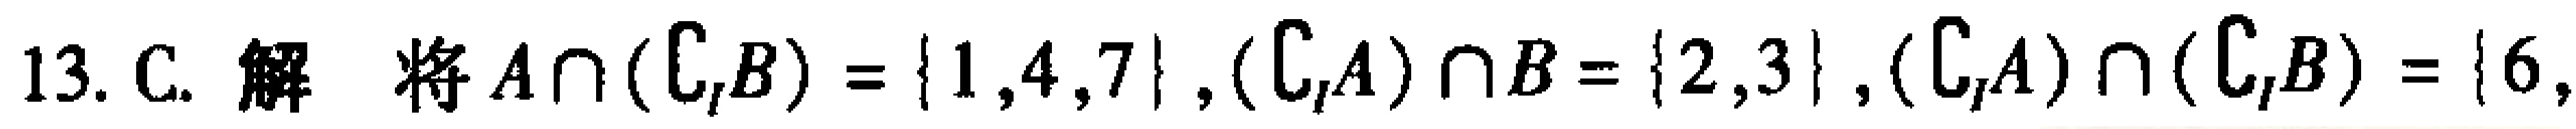
13. C. 解 将 \(A\cap(\complement_{I}B)=\{1,4,7\}, (\complement_{I}A)\cap B = \{2,3\}, (\complement_{I}A)\cap(\complement_{I}B)=\{6,\)